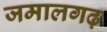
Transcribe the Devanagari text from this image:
जमालगढ़